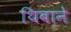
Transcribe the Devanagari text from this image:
थिबाने